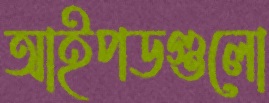
আইপডগুলো